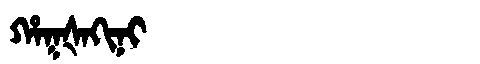
Manchu: ᡥᠠᡴᡧᠠᡴᡳᠨᡳ
Romanization: HAKŠAKINI